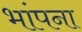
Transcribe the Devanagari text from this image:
भांपना